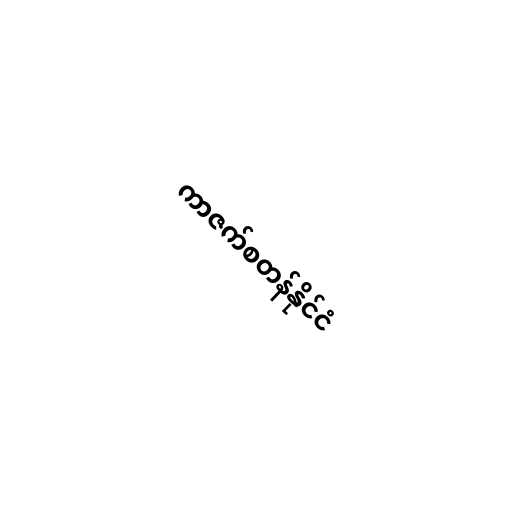
ကာဇက်စတန်နိုင်ငံ